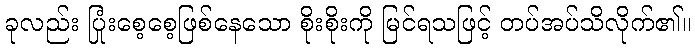
ခုလည်း ပြုံးစေ့စေ့ဖြစ်နေသော စိုးစိုးကို မြင်ရသဖြင့် တပ်အပ်သိလိုက်၏။